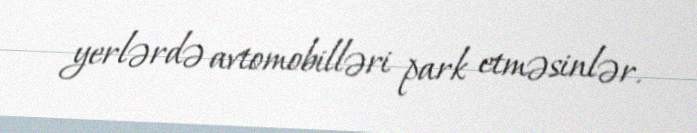
yerlərdə avtomobilləri park etməsinlər.